Treatise on elephants
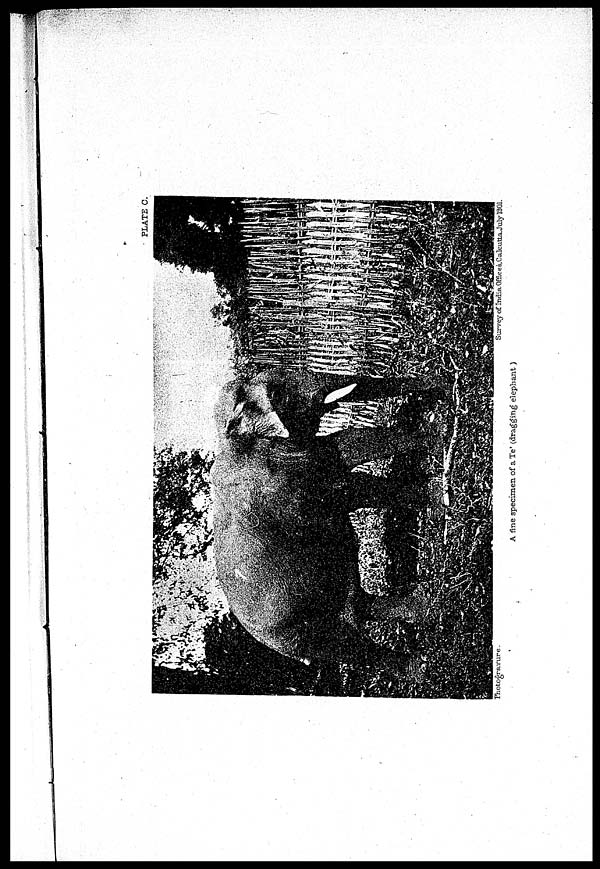
PLATE C.
Photogravure
Survey
of
India
Offices,Calcutta
July
1901.
A fine specimen of a Te' (dragging elephant)